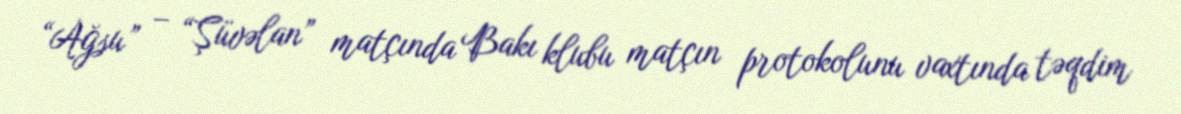
“Ağsu” – “Şüvəlan” matçında Bakı klubu matçın protokolunu vaxtında təqdim